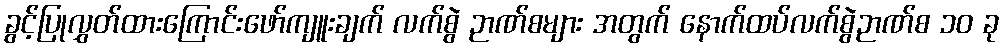
ခွင့်ပြုလွှတ်ထားကြောင်းဖော်ကျူးချက် လက်စွဲ ဉာဏ်စများ အတွက် နောက်ထပ်လက်စွဲဉာဏ်စ ၁၀ ခု